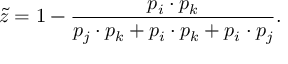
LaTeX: \tilde { z } = 1 - \frac { p _ { i } \cdot p _ { k } } { p _ { j } \cdot p _ { k } + p _ { i } \cdot p _ { k } + p _ { i } \cdot p _ { j } } .